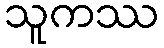
သူကဿ